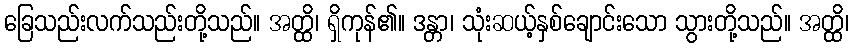
ခြေသည်းလက်သည်းတို့သည်။ အတ္ထိ၊ ရှိကုန်၏။ ဒန္တာ၊ သုံးဆယ့်နှစ်ချောင်းသော သွားတို့သည်။ အတ္ထိ၊